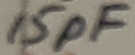
Text: 15pF